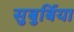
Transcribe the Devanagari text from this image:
सुबुर्बिया